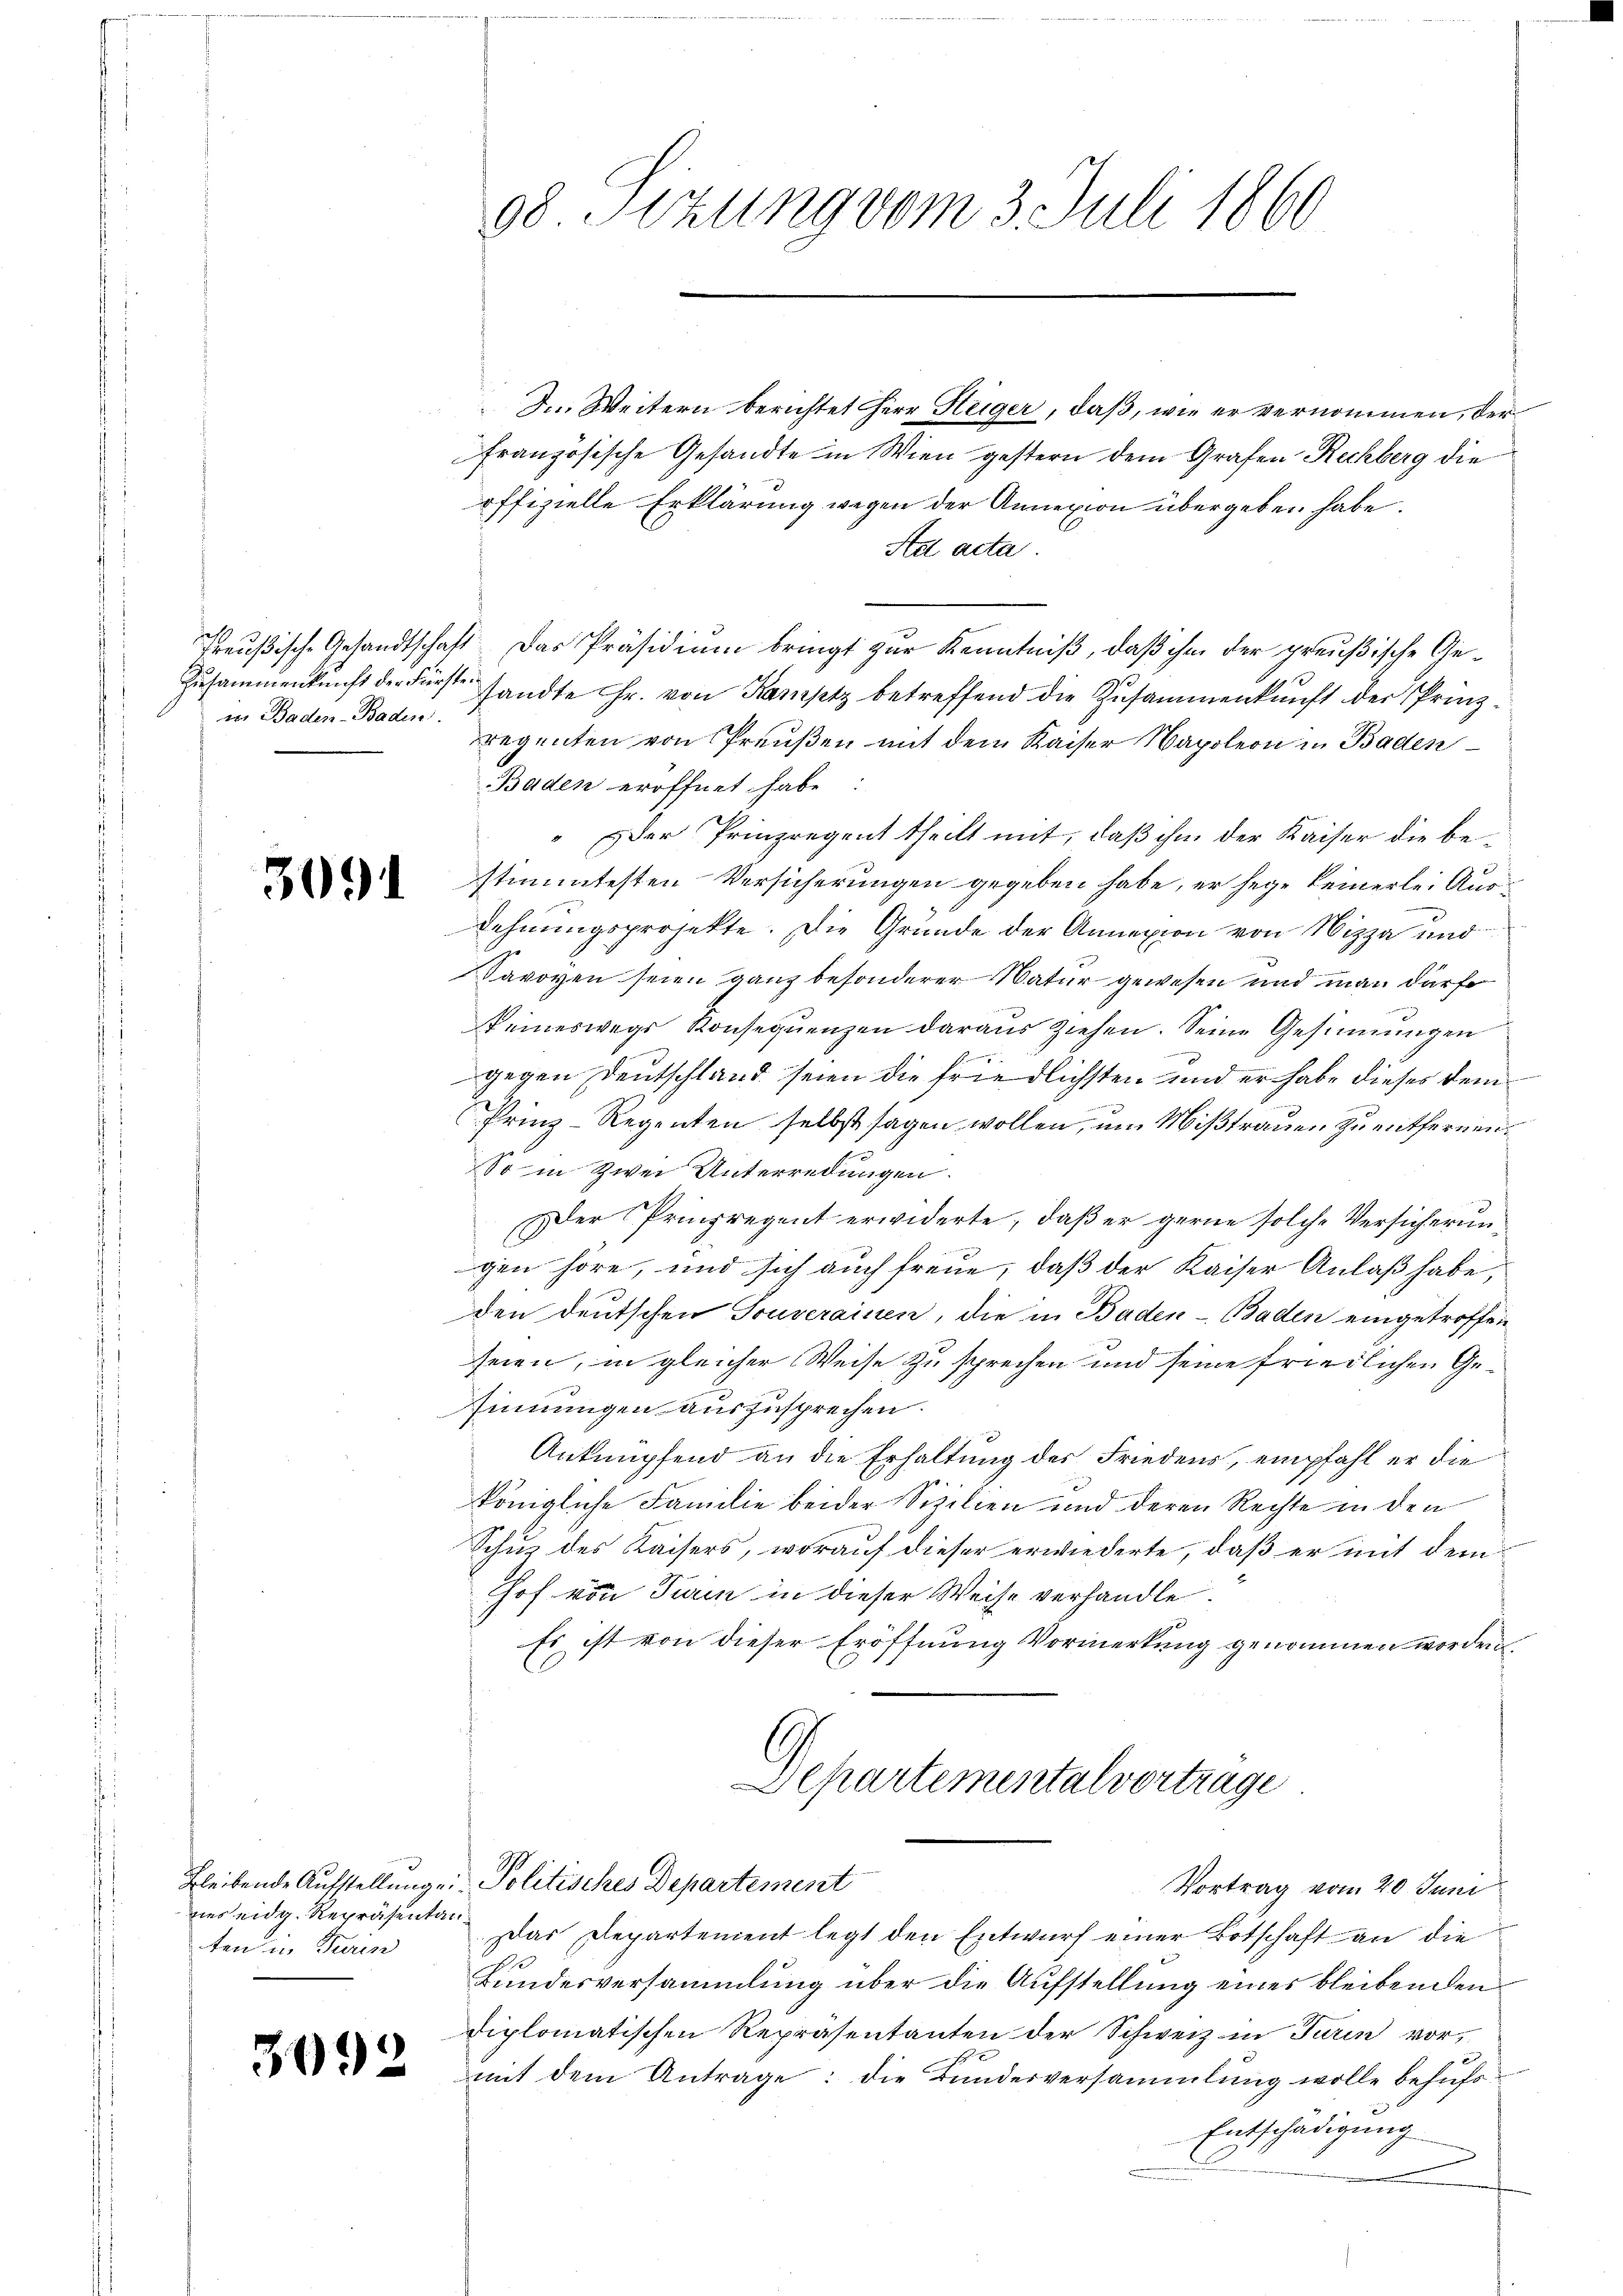
Zusammenkunft der Fürsten
in Baden-Baden.

3091

bleibende Aufstellunge.
nes eidg. Repräsentai
ten in Turin

3092

08 Sizung vom 3. Juli 1860

I. Weitern berichtet Herr Hüger, daß, wie er vernommen, der
französische Gesandte in Wien gestern dem Grafen Rechberg die
offizielle Erklärung wegen der Annexion übergeben habe.
Std acta.
Preußische Gesandtschaft. Das Präsidium bringt zur Kenntniß, daß ihm der preußische Gesandte Hr. von Kamptz betreffend die Zusammenkunft der Prinz
regenten von Preußen mit dem Kaiser Napoleon in Baden
Baden eröffnet habe:
" Der Prinzregent theilt mit, daß ihm der Kaiser die bestimmtesten Versicherungen gegeben habe, er sege keinerlei Ausdehnungsprojekte. Die Grunde der Annexion von Nizza und
Savoyen seien ganz besonderer Natur gewesen und man darf
keineswegs Konseqŭenzen daraŭs ziehen. Seine Gesinnungen
gegen Deutschland seien die friedlichsten und er habe dieses dem
Prinz-Regenten selbst sagen wollen, um Mißtrauen zu entfernen.
So in Zwei Unterredungen.
Der Prinzregent erwiderte, daß er gerne solche Versicherungen höre, und sich auch freue, daß der Kaiser Anlaß habe,
den deutschen Souverainen, die in Baden - Baden eingetroffen
seien, in gleicher Weise zu sprechen und seine friedlichen Gesinnungen auszusprechen.
Anknüpfend an die Erhaltung des Friedens, empfahl er die
königliche Familie beider Sizilien und deren Rechte in den
Schuz des Kaisers, worauf dieser erwiederte, daß er mit dem
hof von Turin in dieser Weise verhandle.
Es ist von dieser Eröffnung Vormerkung genommen worden.
Departementalvertrage
Politisches Departement
Vortrag vom 20. Juni
Das Departement legt den Entwurf einer Botschaft an die
Bundesversammlung über die Aufstellung eines bleibenden
diplomatischen Repräsentanten der Schweiz in Turin vor,
mit dem Antrage: die Bundesversammlung wolle behufs¬
Entschädigung